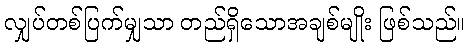
လျှပ်တစ်ပြက်မျှသာ တည်ရှိသောအချစ်မျိုး ဖြစ်သည်။